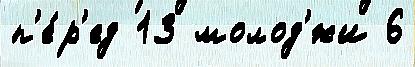
п'е́р'ед 13 молод'́жи 6